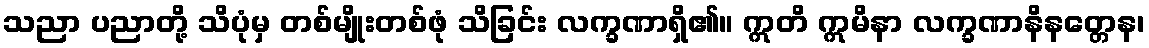
သညာ ပညာတို့ သိပုံမှ တစ်မျိုးတစ်ဖုံ သိခြင်း လက္ခဏာရှိ၏။ ဣတိ ဣမိနာ လက္ခဏာနိနတ္တေန၊